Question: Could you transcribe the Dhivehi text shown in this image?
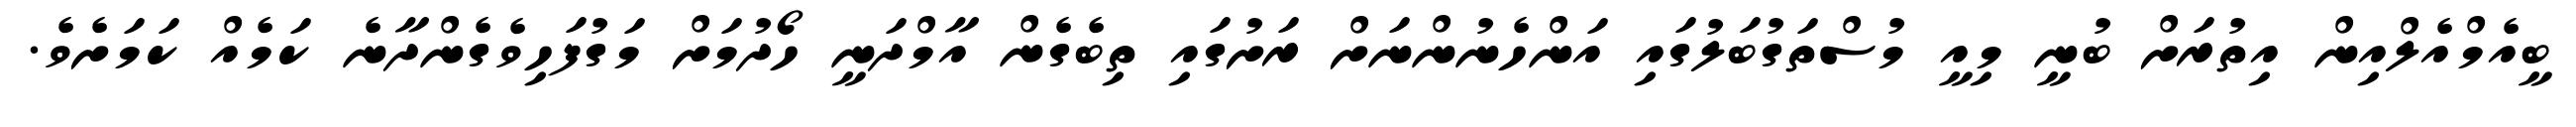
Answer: ބީއެމްއެލްއިން އިތުރަށް ބުނީ މިއީ މުސްތަގުބަލުގައި އަންހެނުންނަށް ރަށުގައި ތިބެގެން އާމްދަނީ ހޯދުމަށް މަގުފަހިވެގެންދާނެ ކަމެއް ކަމަށެވެ.